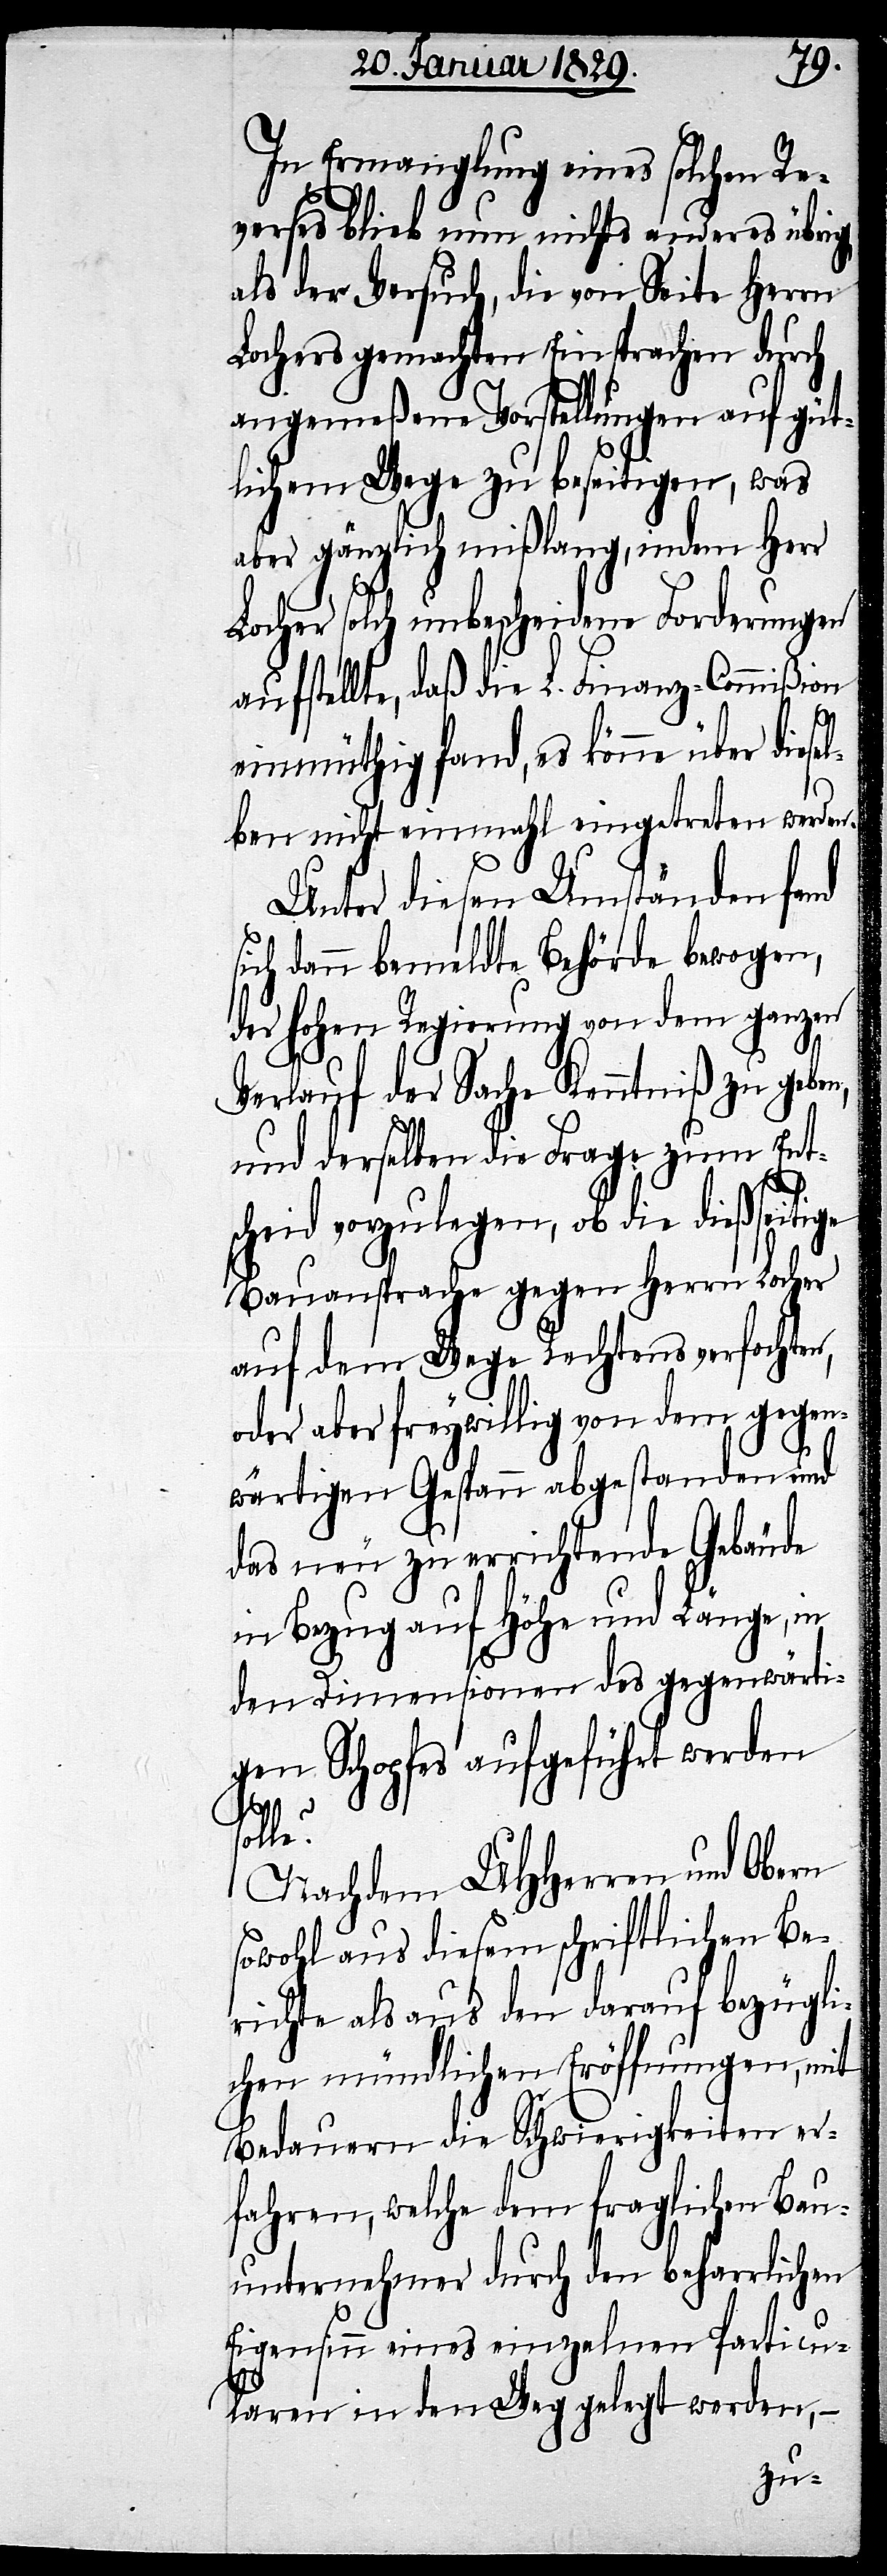
n,
In Ermanglung eines solchen Re¬
verses blieb nun nicht anderes übri¬
als der Versuch, die von Seite Herrn
Lochers gemachten Einsprachen durch
angemeßene Vorstellungen auf güt¬
lichem Wege zu beseitigen, was
aber gänzlich mißlang, indem Herr
Locher solch unbescheidene Forderungen
aufstellte, daß die L. Finanz-Commißion
einmüthig fand, es könne über diese¬
lben nicht einmahl eingetreten werden.
Unter diesen Umständen fand
sich dann bemeldte Behörde bewogen,
der Hohen Regierung von dem ganzen
Verlauf der Sache Kenntniß zu gebe¬
und derselben die Frage zum Ent¬
scheid vorzulegen, ob die dießsei¬
Bauansprache gegen Herrn Locher
auf dem Wege Rechtens verfochte¬
oder aber freywillig von dem gegen¬
wärtigen Gespann abgestanden und
das neu zu errichtende Gebäude
in Bezug auf Höhe und Länge, in
den Dimensionen des gegenwärti¬
gen Schopfes aufgeführt werden
tige
solle?
Nachdem UUHerren und Obern
sowohl aus diesem schriftlichen Be¬
richte als auch den darauf bezügli¬
chen mündlichen Eröffnungen, mit
Bedauern die Schwierigkeiten er¬
fahren, welche dem fraglichen Bau¬
unternehmer durch den beharrlichen
Eigensinn eines einzelnen Particu¬
laren in den Weg gelegt worden,–